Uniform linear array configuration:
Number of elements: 32
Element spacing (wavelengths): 0.5
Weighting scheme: binomial
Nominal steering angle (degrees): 30
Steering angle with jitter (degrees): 30.878
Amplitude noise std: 0.05
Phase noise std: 0.05

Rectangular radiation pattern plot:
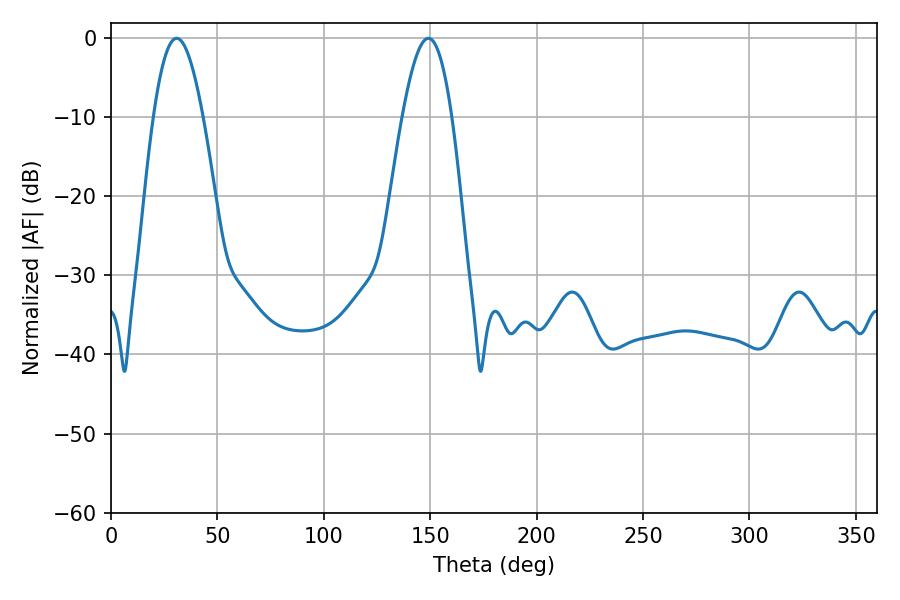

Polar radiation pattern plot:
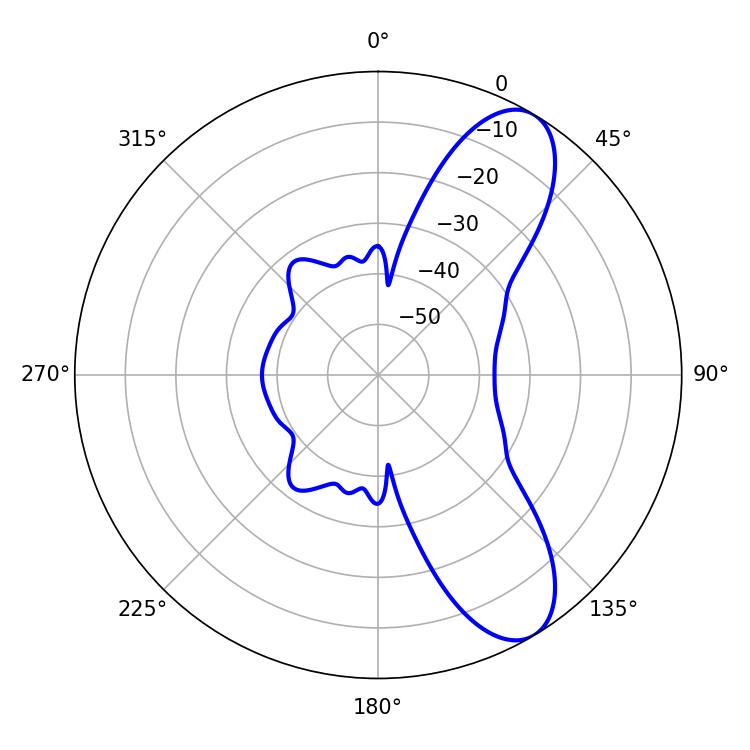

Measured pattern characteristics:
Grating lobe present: FALSE
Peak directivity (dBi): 9.084
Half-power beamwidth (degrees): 12.6
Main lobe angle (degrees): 30.78